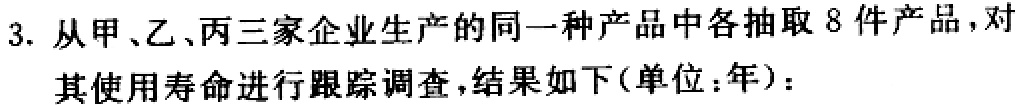
3. 从甲、乙、丙三家企业生产的同一种产品中各抽取 8 件产品,对其使用寿命进行跟踪调查,结果如下(单位：年)：